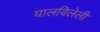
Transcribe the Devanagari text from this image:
घालविलेली